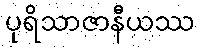
ပုရိသာဇာနီယဿ